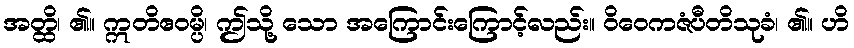
အတ္ထိ၊ ၏။ ဣတိဧဝမ္ပိ၊ ဤသို့ သော အကြောင်းကြောင့်လည်း။ ဝိဝေကဇံပီတိသုခံ၊ ၏။ ဟိ